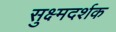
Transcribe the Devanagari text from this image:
सुक्ष्मदर्शक